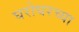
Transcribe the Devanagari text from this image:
घरोघरच्या